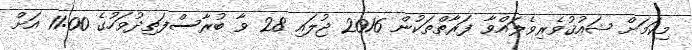
މިކަމަށް ޝައުޤުވެރިވެލައްވާ ފަރާތްތަކުން 2016 ޖުލައި 28 ވާ ބުރާސްފަތިދުވަހުގެ 11:00 އަށް